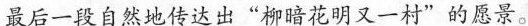
最后一段自然地传达出“柳暗花明又一村”的愿景。